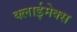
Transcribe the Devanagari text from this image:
क्लाईमेक्स